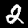
Digit: 2